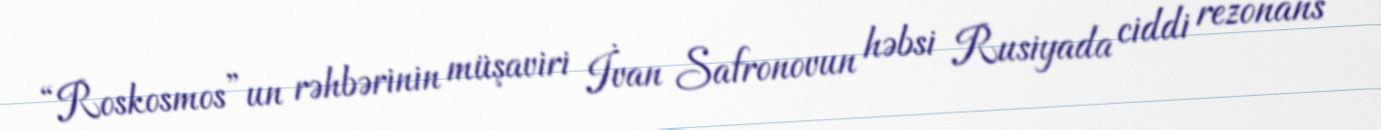
“Roskosmos”un rəhbərinin müşaviri İvan Safronovun həbsi Rusiyada ciddi rezonans